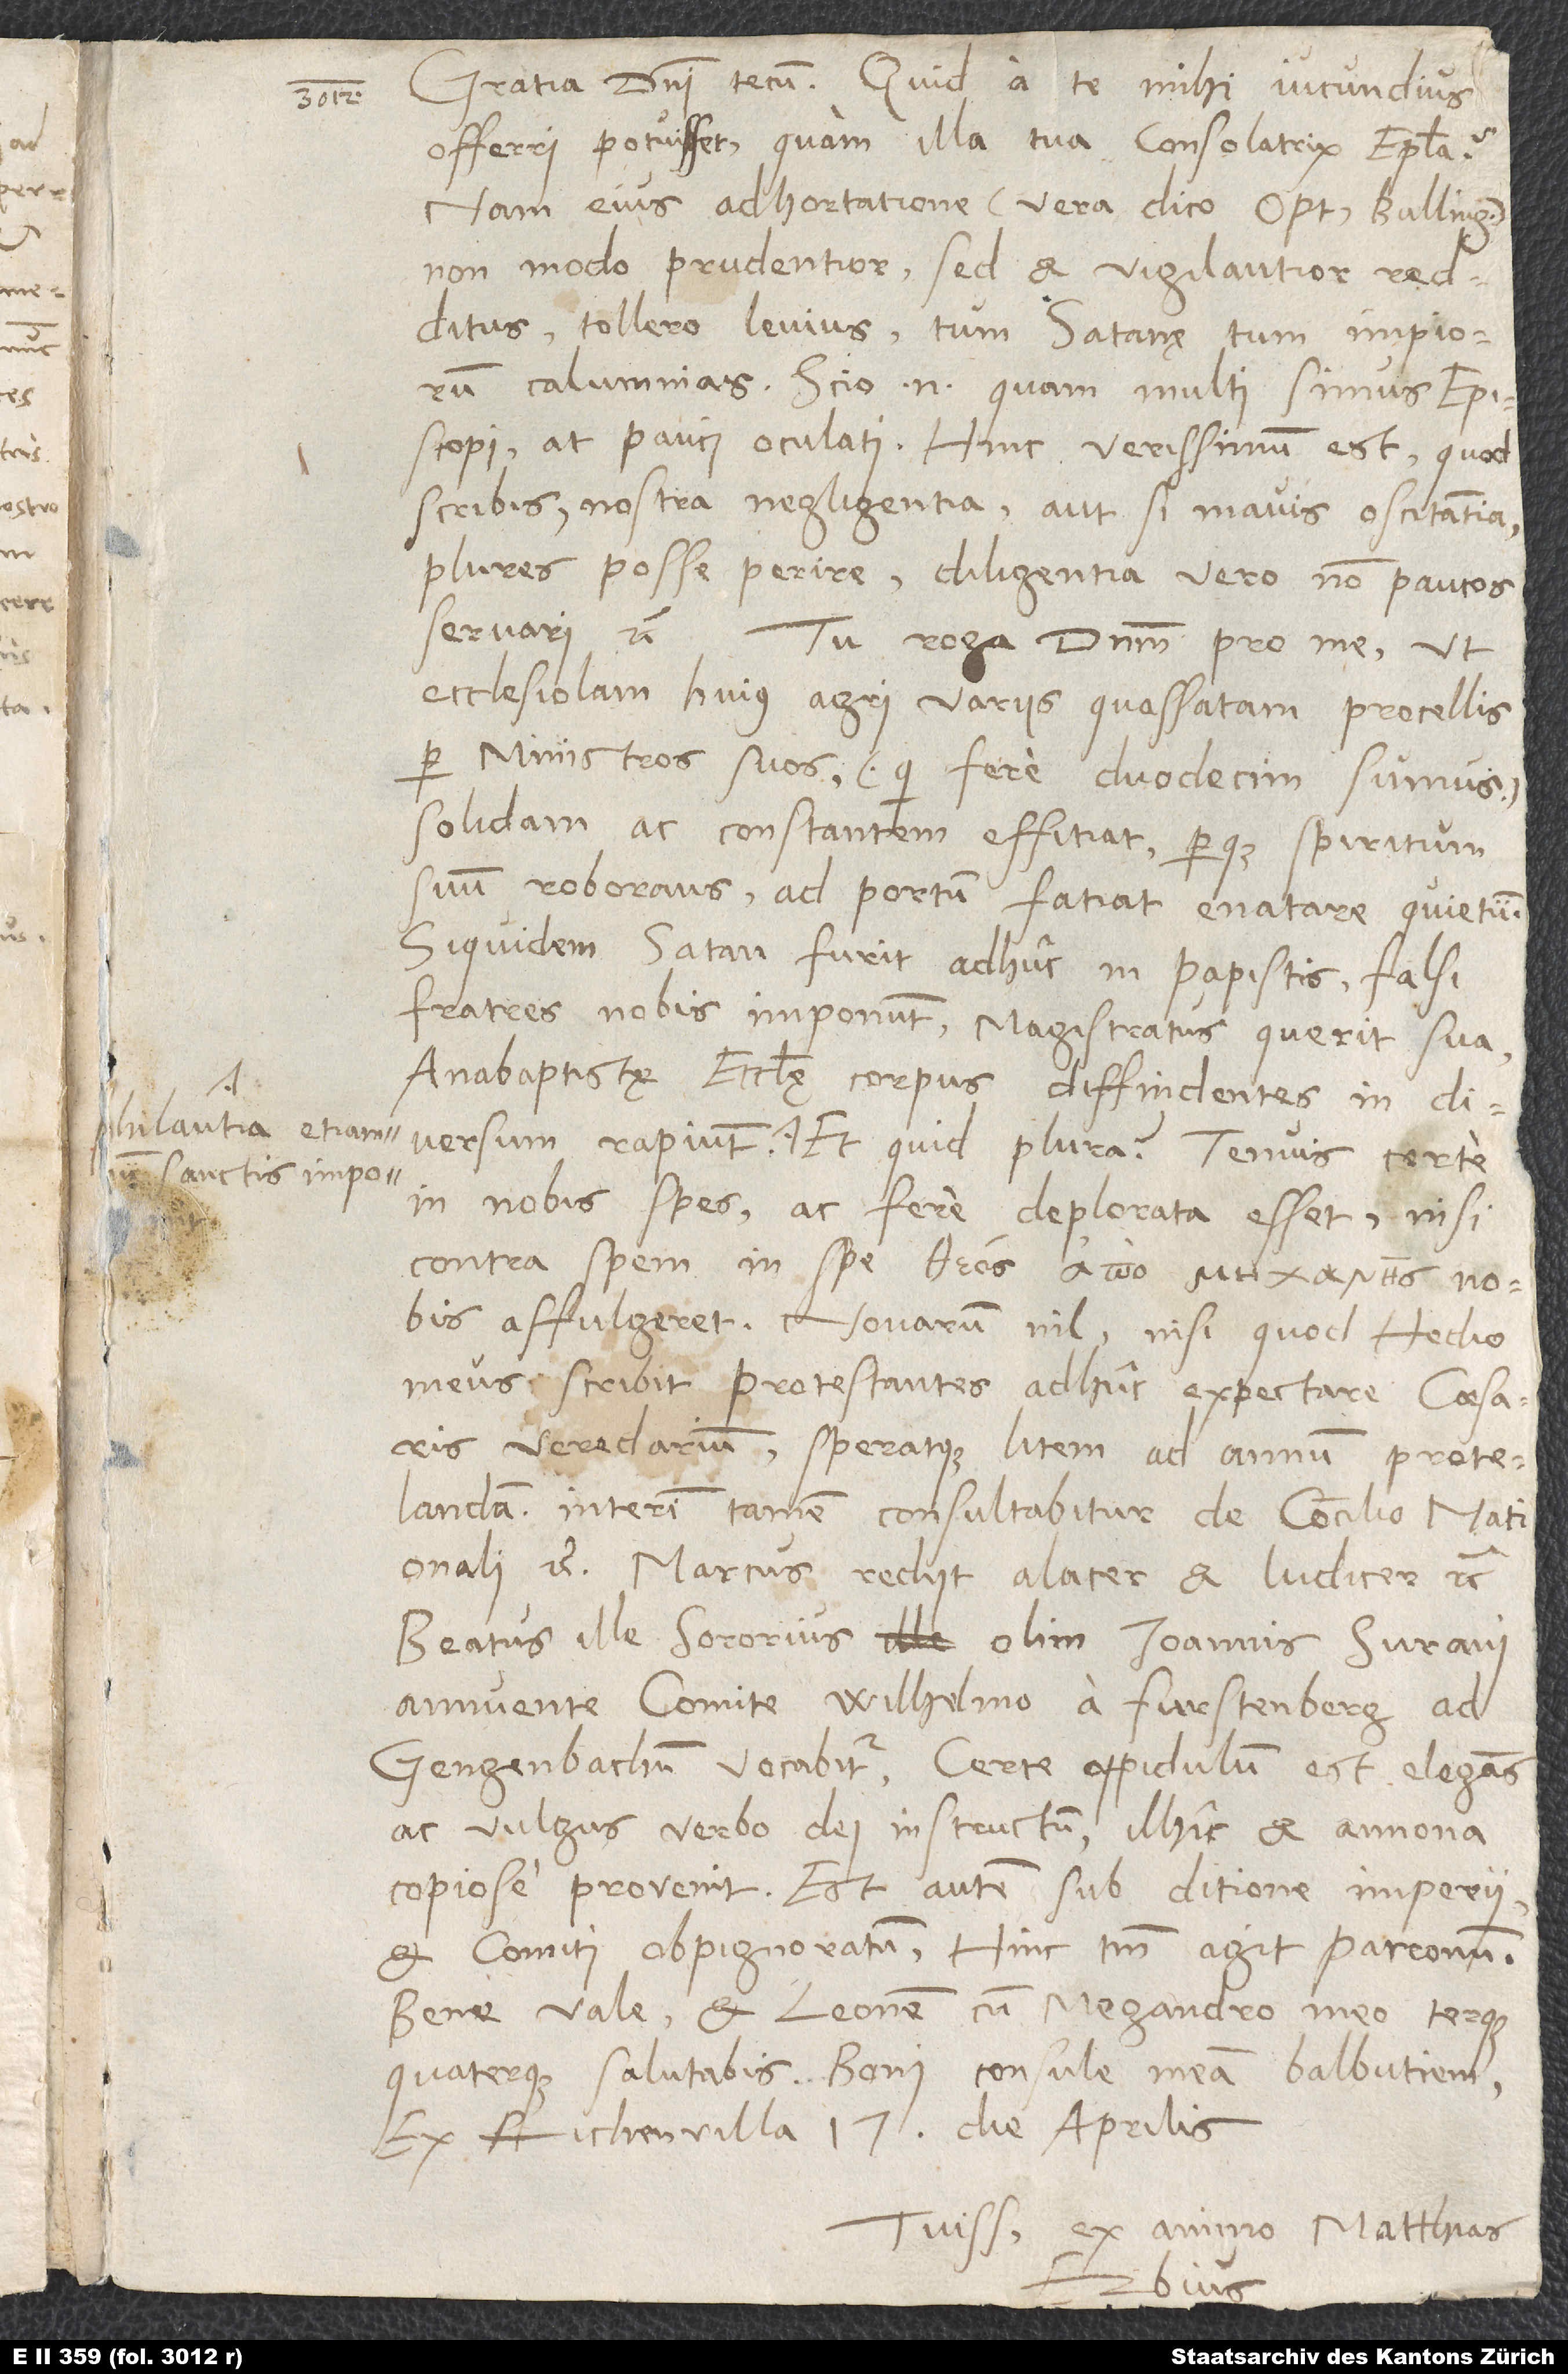
hilautia etiam
sanctis imponunt.

Gratia domini tecum. Quid a te mihi iucundius
offerri potuisset quam illa tua consolatrix epistola?
Nam eius adhortatione (vera dico, optime Bullingere)
non modo prudentior, sed et vigilantior redditus
tollero levius tum satanę tum impiorum
calumnias. Scio enim, quam multi simus episcopi,
at pauci oculati. Hinc verissimum est, quod
scribis nostra negligentia aut, si mavis, oscitantia
plures posse perire, diligentia vero non paucos
servari etc. Tu roga dominum pro me, ut
ecclesiolam huius agri variis quassatam procellis
per ministros suos (qui fere duodecim sumus)
solidam ac constantem effitiat perque spiritum
suum roborans ad portum fatiat enatare quietum,
siquidem satan furit adhuc in papistis. Falsi
fratres nobis imponunt, magistratus querit sua,
anabaptistę ecclesię corpus diffindentes in diversum
in nobis spes ac fere deplorata esset, nisi
contra spem in spe nobis
affulgeret. Novarum nil, nisi quod Hedio
meus scribit protestantes adhuc expectare caesaris
veredarium speratque litem ad annum protelandam;
interim tamen consultabitur de concilio nationali
etc. Marcus rediit alacer et ludicer etc.
Beatus ille, sororius olim Ioannis Surani,
annuente comite Wilhelmo a Furstenberg ad
Gengenbachum vocabitur. Certe oppidulum est elegans
ac vulgus verbo dei instructum, ilhic et annona
copiose provenit. Est autem sub ditione imperii
et comiti obpignoratum. Hinc tantum agit patronum.
Bene vale et Leonem cum Megandro meo terque
quaterque salutabis. Boni consule meam balbutiem.
Ex Richenvilla, 17. die aprilis.
Tuissimus ex animo Matthias